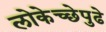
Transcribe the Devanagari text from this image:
लोकेच्छेपुढे